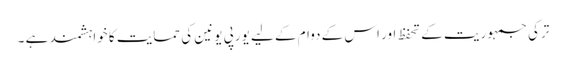
ترکی جمہوریت کے تحفظ اور اس کے دوام کے لیے یورپی یونین کی حمایت کا خواہشمند ہے ۔